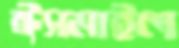
ঈসমাইল